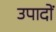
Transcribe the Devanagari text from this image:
उपादों